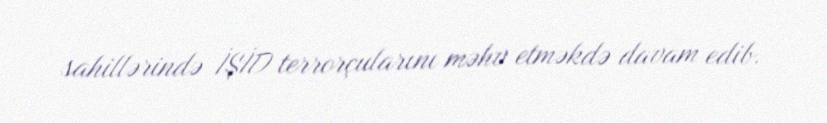
sahillərində İŞİD terrorçularını məhv etməkdə davam edib.